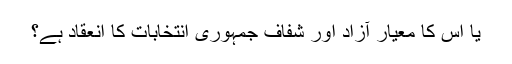
یا اس کا معیار آزاد اور شفاف جمہوری انتخابات کا انعقاد ہے؟